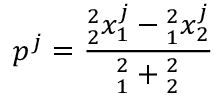
p ^ { j } = \frac { \l _ { 2 } ^ { 2 } x _ { 1 } ^ { j } - \l _ { 1 } ^ { 2 } x _ { 2 } ^ { j } } { \l _ { 1 } ^ { 2 } + \l _ { 2 } ^ { 2 } }